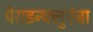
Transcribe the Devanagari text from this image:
पैराइन्फ्लुएंजा